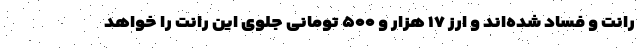
رانت و فساد شده‌اند و ارز ۱۷ هزار و ۵۰۰ تومانی جلوی این رانت را خواهد